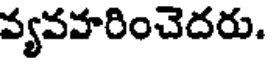
వ్యవహరించెదరు.